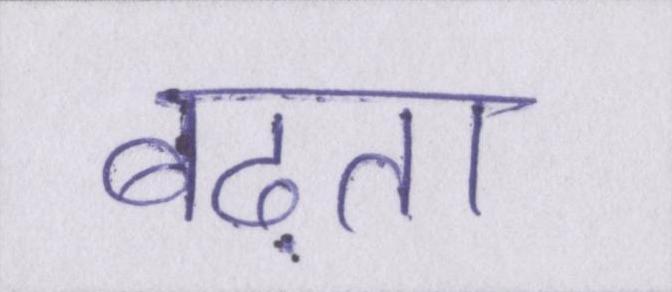
बढ़ता